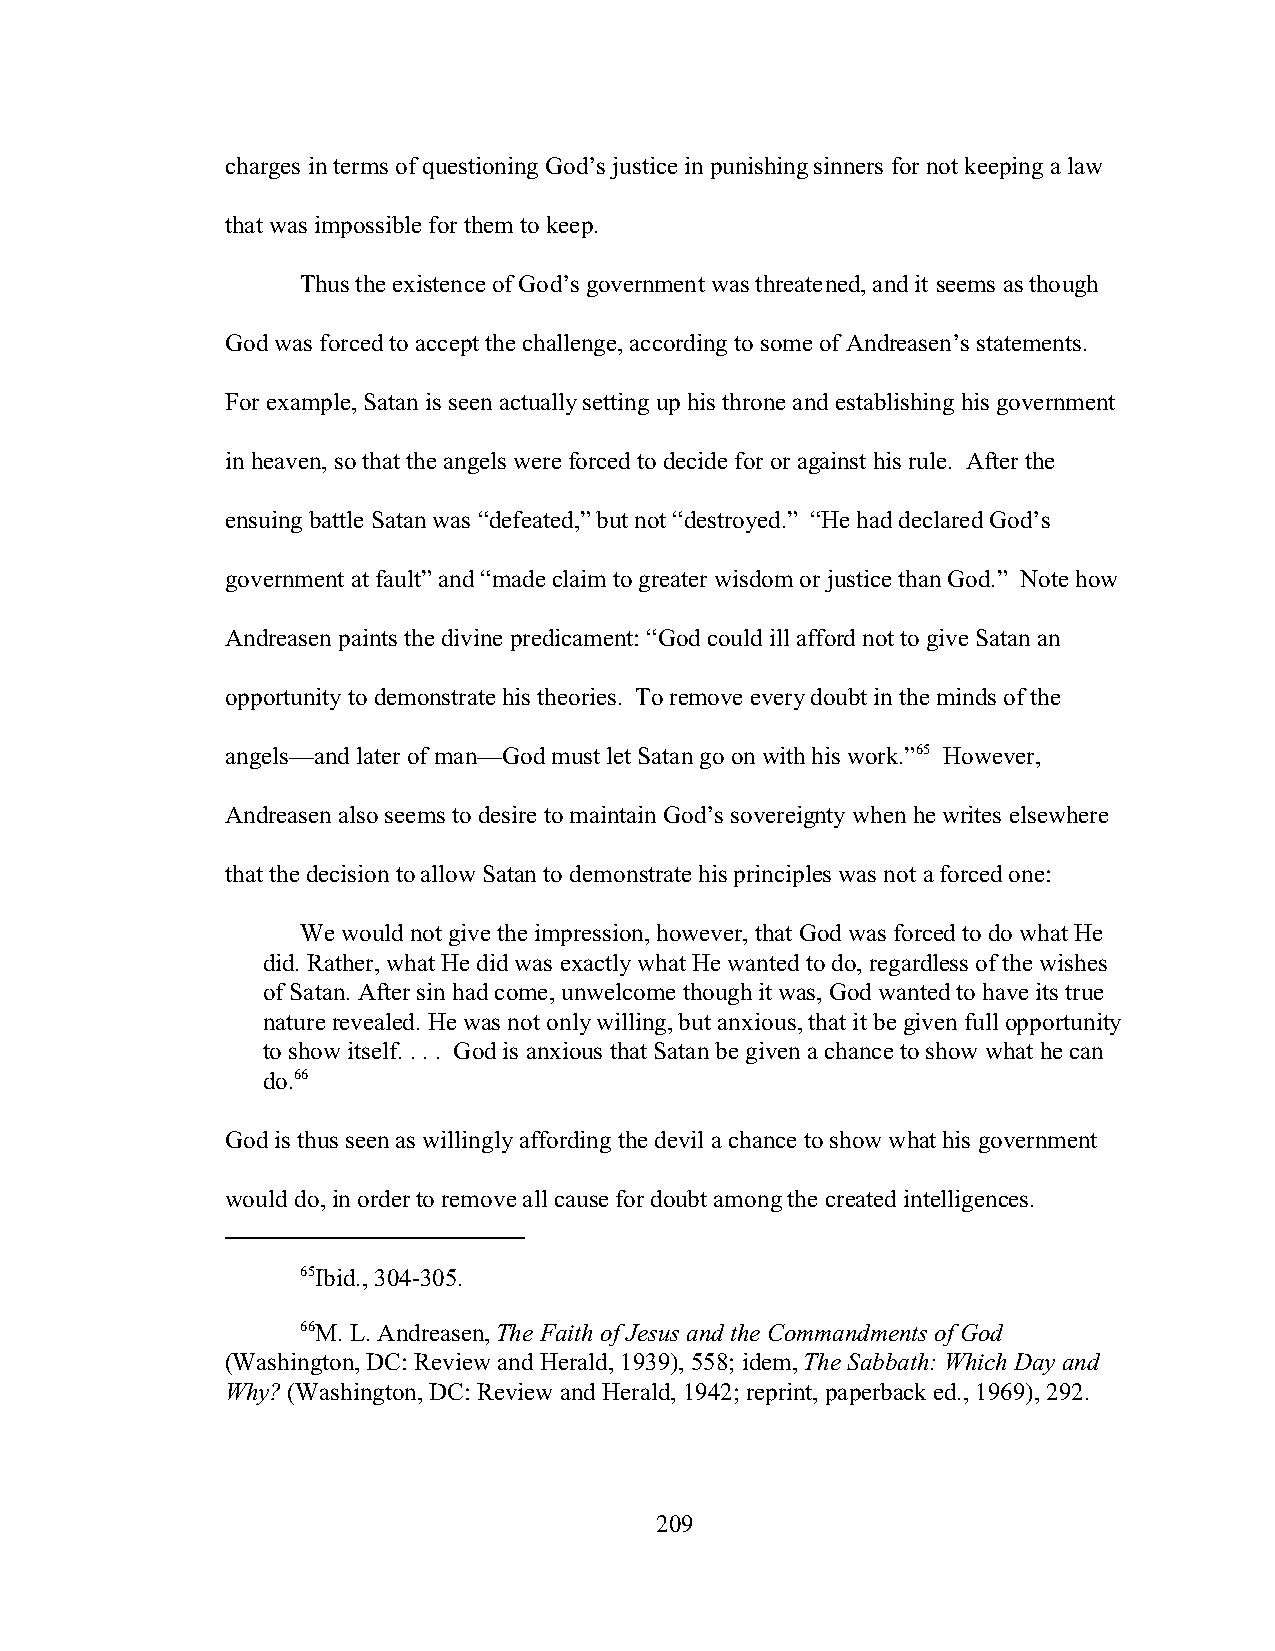
charges in terms of questioning God’s justice in punishing sinners for not keeping a law
 that was impossible for them to keep.
 Thus the existence of God’s government was threatened, and it seems as though
 God was forced to accept the challenge, according to some of Andreasen’s statements.
 For example, Satan is seen actually setting up his throne and establishing his government
 in heaven, so that the angels were forced to decide for or against his rule. After the
 ensuing battle Satan was “defeated,” but not “destroyed.” “He had declared God’s
 government at fault” and “made claim to greater wisdom or justice than God.” Note how
 Andreasen paints the divine predicament: “God could ill afford not to give Satan an
 opportunity to demonstrate his theories. To remove every doubt in the minds of the
 angels—and later of man—God must let Satan go on with his work.”65 However,
 Andreasen also seems to desire to maintain God’s sovereignty when he writes elsewhere
 that the decision to allow Satan to demonstrate his principles was not a forced one:
 We would not give the impression, however, that God was forced to do what He
 did. Rather, what He did was exactly what He wanted to do, regardless of the wishes
 of Satan. After sin had come, unwelcome though it was, God wanted to have its true
 nature revealed. He was not only willing, but anxious, that it be given full opportunity
 to show itself. . . . God is anxious that Satan be given a chance to show what he can
 do.66
 God is thus seen as willingly affording the devil a chance to show what his government
 would do, in order to remove all cause for doubt among the created intelligences.
 65Ibid., 304-305.
 66M. L. Andreasen, The Faith of Jesus and the Commandments of God
 (Washington, DC: Review and Herald, 1939), 558; idem, The Sabbath: Which Day and
 Why? (Washington, DC: Review and Herald, 1942; reprint, paperback ed., 1969), 292.
 209